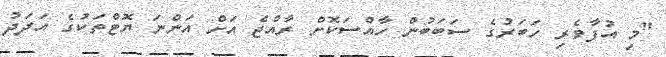
"މި އުފާވެރި ހަބަރުގެ ސަބަބުން ހާއްސަކޮށް ރާއްޖެ އަށް އަންނަ ޔޮޓްތަކުގެ އަދަދު